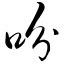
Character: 吩